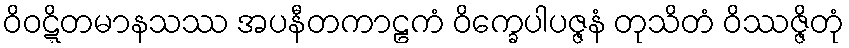
ဝိဝဋ္ဋိတမာနသဿ အပနီတကာဠကံ ဝိက္ခေပါပဇ္ဇနံ တုသိတံ ဝိဿဇ္ဇိတုံ